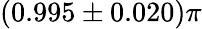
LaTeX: (0.995\pm 0.020)\pi